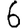
Digit: 6